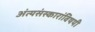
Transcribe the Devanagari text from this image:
अंत्यसंस्कारांविषयी